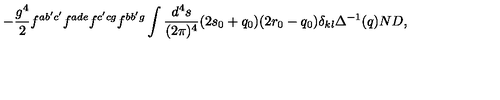
- \frac { g ^ { 4 } } { 2 } f ^ { a b ^ { \prime } c ^ { \prime } } f ^ { a d e } f ^ { c ^ { \prime } c g } f ^ { b b ^ { \prime } g } \int \frac { d ^ { 4 } s } { ( 2 \pi ) ^ { 4 } } ( 2 s _ { 0 } + q _ { 0 } ) ( 2 r _ { 0 } - q _ { 0 } ) \delta _ { k l } \Delta ^ { - 1 } ( q ) N D ,